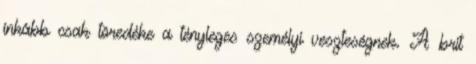
inkább csak töredéke a tényleges személyi veszteségnek. A brit